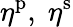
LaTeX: \eta^{\mathrm{p}},\; \eta^{\mathrm{s}}